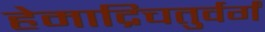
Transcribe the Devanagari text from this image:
हेमाद्रिचतुर्वर्गं